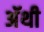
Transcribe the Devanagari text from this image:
अॅथी